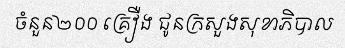
ចំនួន២០០ គ្រឿង ជូនក្រសួងសុខាភិបាល